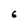
Character: 6